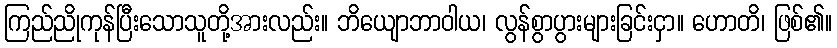
ကြည်ညိုကုန်ပြီးသောသူတို့အားလည်း။ ဘိယျောဘာဝါယ၊ လွန်စွာပွားများခြင်းငှာ။ ဟောတိ၊ ဖြစ်၏။